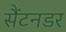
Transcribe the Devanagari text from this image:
सैंटनडर